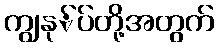
ကျွနု်ပ်တို့အတွက်